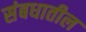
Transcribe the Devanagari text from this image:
संबधातील